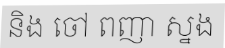
និង ចៅ ពញា ស្នង